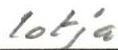
lotja